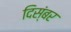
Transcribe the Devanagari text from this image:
दिस्ंबर